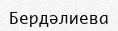
Бердәлиева